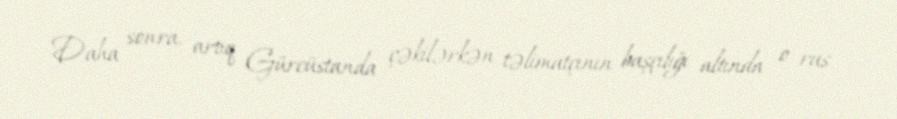
Daha sonra, artıq Gürcüstanda çəkilərkən təlimatçının başçılığı altında o rus